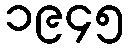
၁၉၄၅